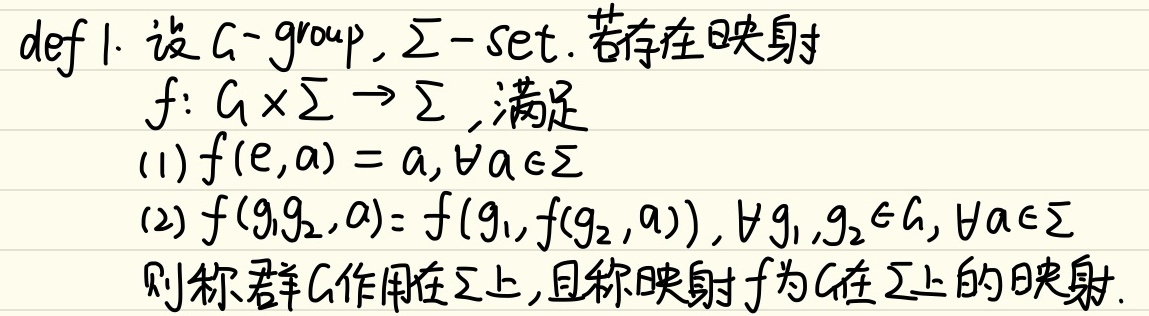
\(def\ 1.\ 设G - group,\Sigma - set.\ 若存在映射\)
\(\quad f: G\times\Sigma\rightarrow\Sigma,满足\)
\(\quad(1)f(e,a)=a,\forall a\in\Sigma\)
\(\quad(2)f(g_1g_2,a)=f(g_1,f(g_2,a)),\forall g_1,g_2\in G,\forall a\in\Sigma\)
\(\quad 则称群G作用在\Sigma上,且称映射f为G在\Sigma上的映射.\)